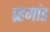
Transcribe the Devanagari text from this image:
ब्र्हमांड